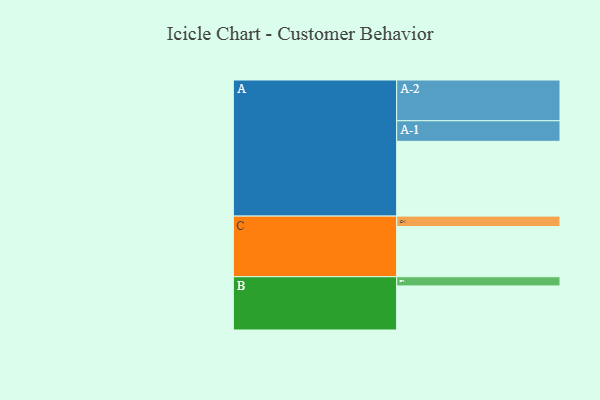
{"axis": {"x": "Segment", "y": "Value"}, "legend": ["", "A", "B", "C"], "data": [{"x": "A", "y": 538, "type": ""}, {"x": "B", "y": 317, "type": ""}, {"x": "C", "y": 361, "type": ""}, {"x": "A-1", "y": 148, "type": "A"}, {"x": "A-2", "y": 293, "type": "A"}, {"x": "B-1", "y": 66, "type": "B"}, {"x": "C-1", "y": 75, "type": "C"}]}